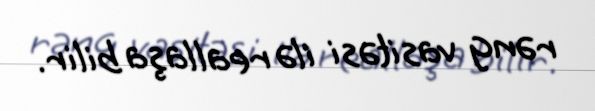
rəng vasitəsi ilə reallaşa bilir.